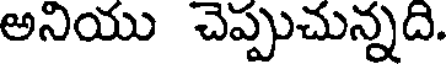
అనియు చెప్పుచున్నది.